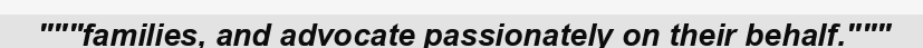
"""families, and advocate passionately on their behalf."""